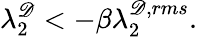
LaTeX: \lambda_{2}^{\mathscr{D}}<-\beta\lambda_{2}^{\mathscr{D},rms}.